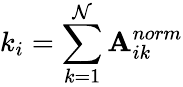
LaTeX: k_{i}=\sum_{k=1}^{\mathcal{N}}\mathbf{{A}}_{ik}^{norm}